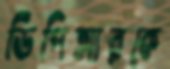
ডিপিআরকে